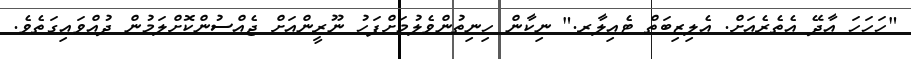
"ހަހަހަ އާދޭ އެތެރެއަށް. އެލިޒިބަތް ޓެއިލާރ." ނިކާން ހިނިތުންވެލުމަށްފަހު ނޫރީންއަށް ޖެއްސުންކޮށްލަމުން ދުއްވައިގަތެވެ.